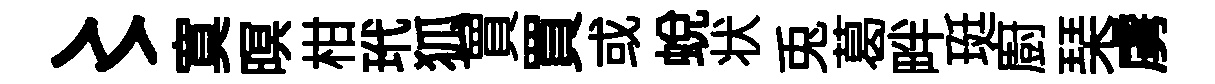
〻寞暝柑玳狐買買或蛻状兎葛畔珽廚琹虜